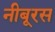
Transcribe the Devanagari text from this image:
नीबूरस